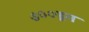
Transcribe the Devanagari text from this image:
७००हून